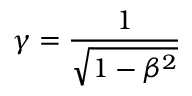
\gamma = \frac { 1 } { \sqrt { 1 - \beta ^ { 2 } } }